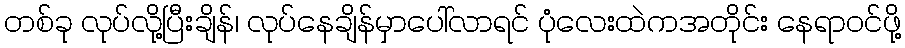
တစ်ခု လုပ်လို့ပြီးချိန်၊ လုပ်နေချိန်မှာပေါ်လာရင် ပုံလေးထဲကအတိုင်း နေရာဝင်ဖို့